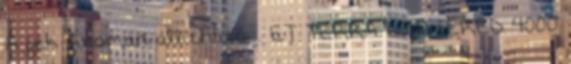
A fék finoman állítható; . ET TERRA WHITERED 4000